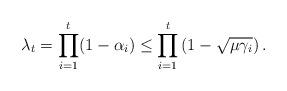
LaTeX: \begin{align*}\lambda_t=\prod_{i=1}^{t}(1-\alpha_i)\leq\prod_{i=1}^{t}\left(1-\sqrt{\mu\gamma_i}\right).\end{align*}